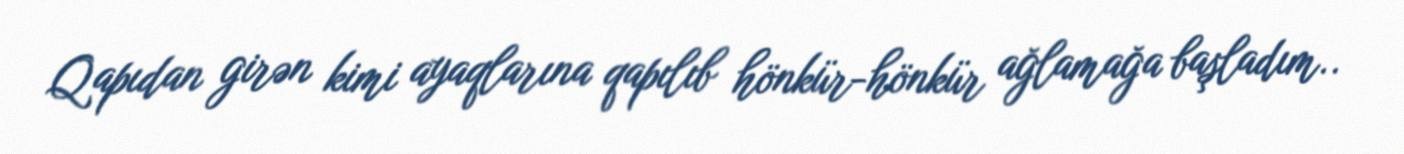
Qapıdan girən kimi ayaqlarına qapılıb hönkür-hönkür ağlamağa başladım..